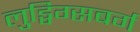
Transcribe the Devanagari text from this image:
लुड्विग्सबर्ग